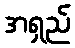
အရှည်